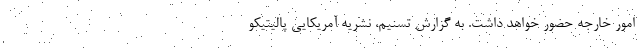
امور خارجه حضور خواهد داشت. به گزارش تسنیم، نشریه آمریکایی پالیتیکو